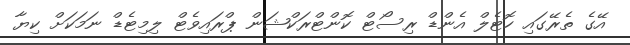
އޭގެ ތެރޭގައި ހޮޓެލް އެންޑް ރިސޯޓް ކޮންޓްރަކްޝަން ޕްރައިވެޓް ލިމިޓެޑް ނަމަކަށް ކިޔާ